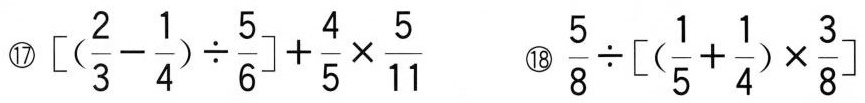
⑰$$\left[(\frac{2}{3}- \frac{1}{4})\div \frac{5}{6}\right] + \frac{4}{5}\times \frac{5}{11} ⑱\frac{5}{8}\div \left[(\frac{1}{5}+ \frac{1}{4})\times \frac{3}{8}\right]$$